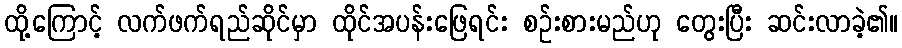
ထို့ကြောင့် လက်ဖက်ရည်ဆိုင်မှာ ထိုင်အပန်းဖြေရင်း စဉ်းစားမည်ဟု တွေးပြီး ဆင်းလာခဲ့၏။